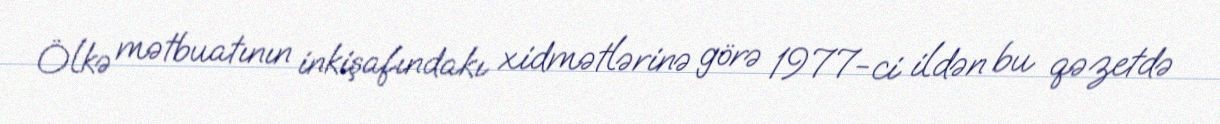
Ölkə mətbuatının inkişafındakı xidmətlərinə görə 1977-ci ildən bu qəzetdə